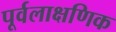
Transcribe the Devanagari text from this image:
पूर्वलाक्षणिक